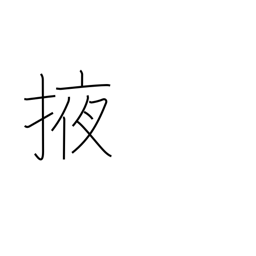
Meaning: carry under arm